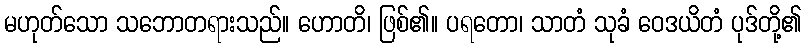
မဟုတ်သော သဘောတရားသည်။ ဟောတိ၊ ဖြစ်၏။ ပရတော၊ သာတံ သုခံ ဝေဒယိတံ ပုဒ်တို့၏